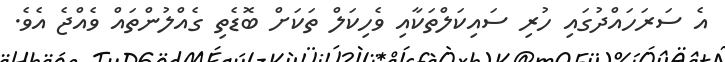
އެ ސަރަހައްދުގައި ހުރި ސައިކަލްތަކާއި ވެހިކަލް ތަކަށް ބޮޑެތި ގެއްލުންތައް ވެއްޖެ އެވެ.